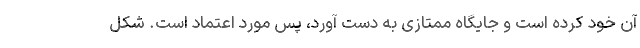
آن خود کرده است و جایگاه ممتازی به دست آورد، پس مورد اعتماد است. شکل